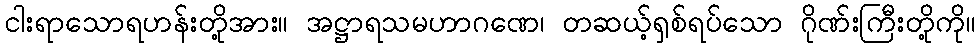
ငါးရာသောရဟန်းတို့အား။ အဋ္ဌာရသမဟာဂဏေ၊ တဆယ့်ရှစ်ရပ်သော ဂိုဏ်းကြီးတို့ကို။